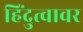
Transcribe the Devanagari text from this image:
हिंदुत्वावर